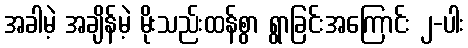
အခါမဲ့ အချိန်မဲ့ မိုးသည်းထန်စွာ ရွာခြင်းအကြောင်း ၂-ပါး